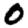
Digit: 0